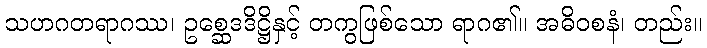
သဟဂတရာဂဿ၊ ဥစ္ဆေဒဒိဋ္ဌိနှင့် တကွဖြစ်သော ရာဂ၏။ အဓိဝစနံ၊ တည်း။